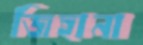
জিহানা